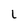
Character: l